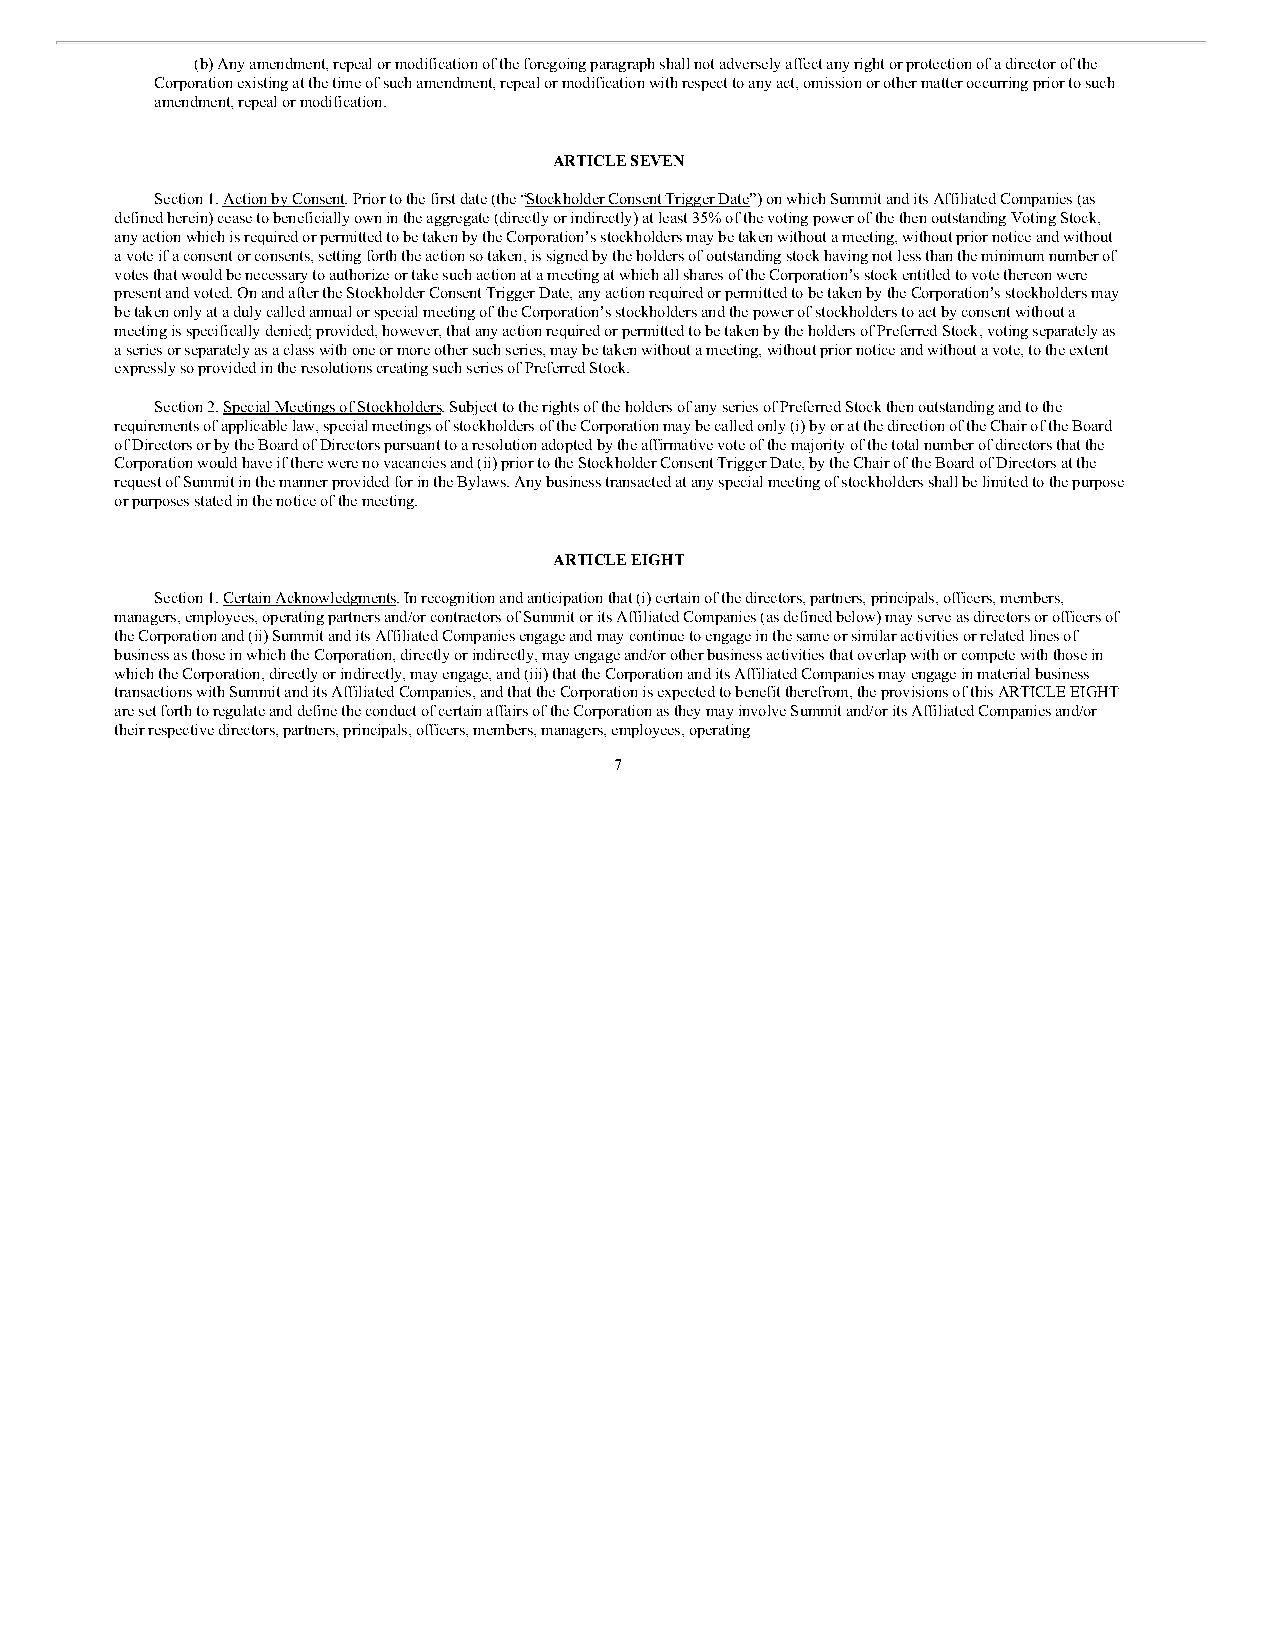
(b) Any amendment, repeal or modification of the foregoing paragraph shall not adversely affect any right or protection of a director of the
 Corporation existing at the time of such amendment, repeal or modification with respect to any act, omission or other matter occurring prior to such
 amendment, repeal or modification.
 ARTICLE SEVEN
 Section 1. Action by Consent. Prior to the first date (the “Stockholder Consent Trigger Date”) on which Summit and its Affiliated Companies (as
 defined herein) cease to beneficially own in the aggregate (directly or indirectly) at least 35% of the voting power of the then outstanding Voting Stock,
 any action which is required or permitted to be taken by the Corporation’s stockholders may be taken without a meeting, without prior notice and without
 a vote if a consent or consents, setting forth the action so taken, is signed by the holders of outstanding stock having not less than the minimum number of
 votes that would be necessary to authorize or take such action at a meeting at which all shares of the Corporation’s stock entitled to vote thereon were
 present and voted. On and after the Stockholder Consent Trigger Date, any action required or permitted to be taken by the Corporation’s stockholders may
 be taken only at a duly called annual or special meeting of the Corporation’s stockholders and the power of stockholders to act by consent without a
 meeting is specifically denied; provided, however, that any action required or permitted to be taken by the holders of Preferred Stock, voting separately as
 a series or separately as a class with one or more other such series, may be taken without a meeting, without prior notice and without a vote, to the extent
 expressly so provided in the resolutions creating such series of Preferred Stock.
 Section 2. Special Meetings of Stockholders. Subject to the rights of the holders of any series of Preferred Stock then outstanding and to the
 requirements of applicable law, special meetings of stockholders of the Corporation may be called only (i) by or at the direction of the Chair of the Board
 of Directors or by the Board of Directors pursuant to a resolution adopted by the affirmative vote of the majority of the total number of directors that the
 Corporation would have if there were no vacancies and (ii) prior to the Stockholder Consent Trigger Date, by the Chair of the Board of Directors at the
 request of Summit in the manner provided for in the Bylaws. Any business transacted at any special meeting of stockholders shall be limited to the purpose
 or purposes stated in the notice of the meeting.
 ARTICLE EIGHT
 Section 1. Certain Acknowledgments. In recognition and anticipation that (i) certain of the directors, partners, principals, officers, members,
 managers, employees, operating partners and/or contractors of Summit or its Affiliated Companies (as defined below) may serve as directors or officers of
 the Corporation and (ii) Summit and its Affiliated Companies engage and may continue to engage in the same or similar activities or related lines of
 business as those in which the Corporation, directly or indirectly, may engage and/or other business activities that overlap with or compete with those in
 which the Corporation, directly or indirectly, may engage, and (iii) that the Corporation and its Affiliated Companies may engage in material business
 transactions with Summit and its Affiliated Companies, and that the Corporation is expected to benefit therefrom, the provisions of this ARTICLE EIGHT
 are set forth to regulate and define the conduct of certain affairs of the Corporation as they may involve Summit and/or its Affiliated Companies and/or
 their respective directors, partners, principals, officers, members, managers, employees, operating
 7